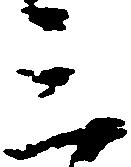
三